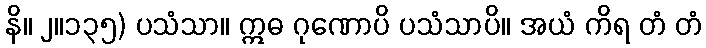
နိ။ ၂။၁၃၅) ပသံသာ။ ဣဓ ဂုဏောပိ ပသံသာပိ။ အယံ ကိရ တံ တံ